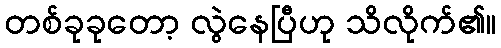
တစ်ခုခုတော့ လွဲနေပြီဟု သိလိုက်၏။